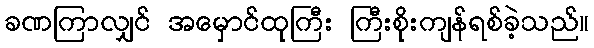
ခဏကြာလျှင် အမှောင်ထုကြီး ကြီးစိုးကျန်ရစ်ခဲ့သည်။